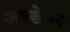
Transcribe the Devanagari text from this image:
अच्छेपन